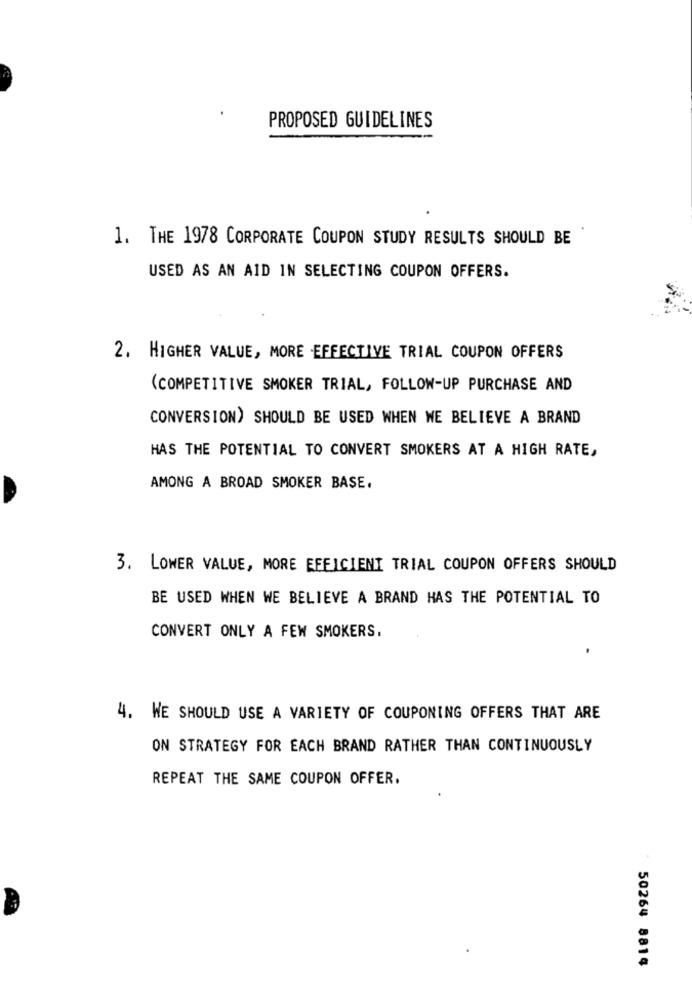
PROPOSED GUIDELINES
1. THE 1978 CORPORATE COUPON STUDY RESULTS SHOULD BE
USED AS AN AID IN SELECTING COUPON OFFERS.
2. HIGHER VALUE, MORE EFFECTIVE TRIAL COUPON OFFERS
(COMPETITIVE SMOKER TRIAL, FOLLOW-UP PURCHASE AND
CONVERSION) SHOULD BE USED WHEN WE BELIEVE A BRAND
HAS THE POTENTIAL TO CONVERT SMOKERS AT A HIGH RATE,
AMONG A BROAD SMOKER BASE.
3. LOWER VALUE, MORE EFFICIENT TRIAL COUPON OFFERS SHOULD
BE USED WHEN WE BELIEVE A BRAND HAS THE POTENTIAL TO
CONVERT ONLY A FEW SMOKERS.
4. WE SHOULD USE A VARIETY OF COUPONING OFFERS THAT ARE
ON STRATEGY FOR EACH BRAND RATHER THAN CONTINUOUSLY
REPEAT THE SAME COUPON OFFER.
50264 8814